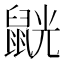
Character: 𪕓